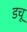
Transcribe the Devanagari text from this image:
डचू